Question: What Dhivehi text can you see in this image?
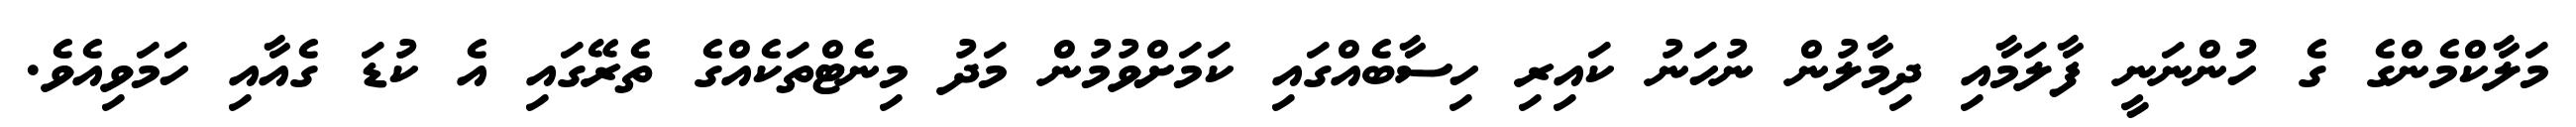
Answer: މަލާކްމެންގެ ގެ ހުންނަނީ ފާލަމާއި ދިމާލުން ނުހަނު ކައިރި ހިސާބެއްގައި ކަމަށްވުމުން މަދު މިނެޓްތަކެއްގެ ތެރޭގައި އެ ކުޑަ ގެއާއި ހަމަވިއެވެ.